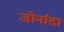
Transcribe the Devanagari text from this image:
जोर्नाडा